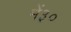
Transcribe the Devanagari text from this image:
में३०